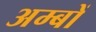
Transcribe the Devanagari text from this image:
अम्बों